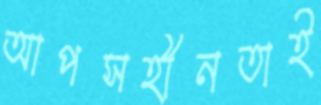
আপসহীনতাই